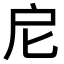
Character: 𢨩